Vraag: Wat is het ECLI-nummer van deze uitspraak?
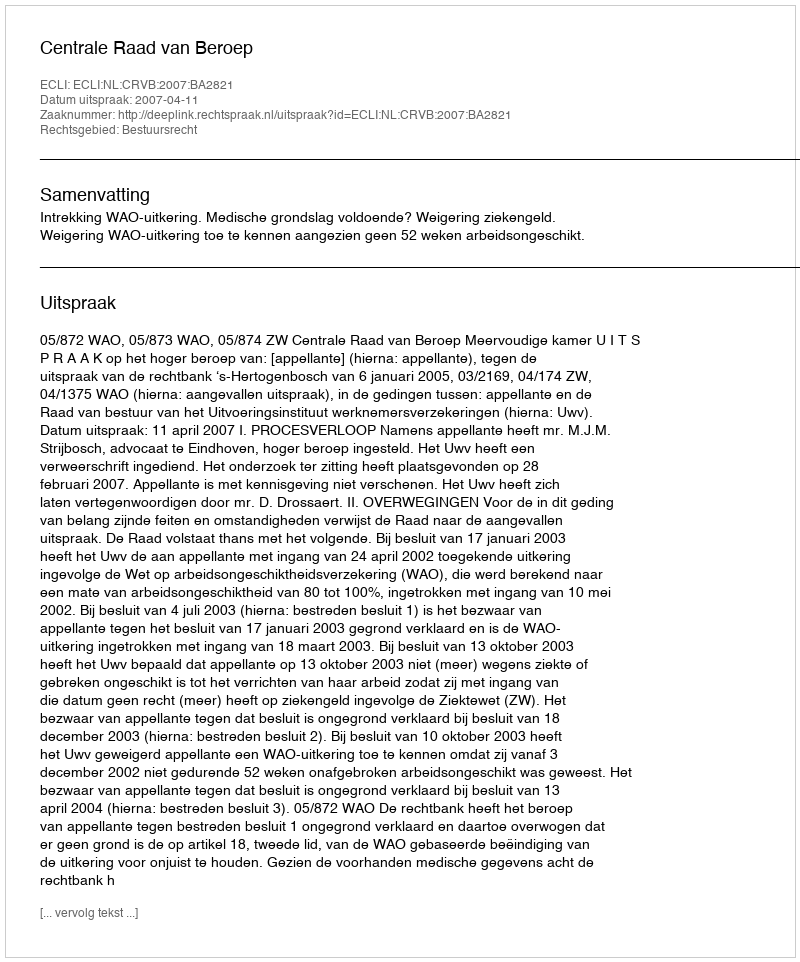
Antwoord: ECLI:NL:CRVB:2007:BA2821